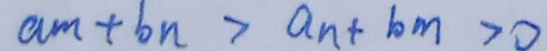
a m + b n > a n + b m > 0